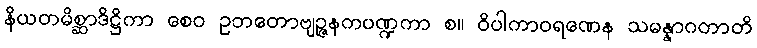
နိယတမိစ္ဆာဒိဋ္ဌိကာ စေဝ ဥဘတောဗျဉ္ဇနကပဏ္ဍကာ စ။ ဝိပါကာဝရဏေန သမန္နာဂတာတိ